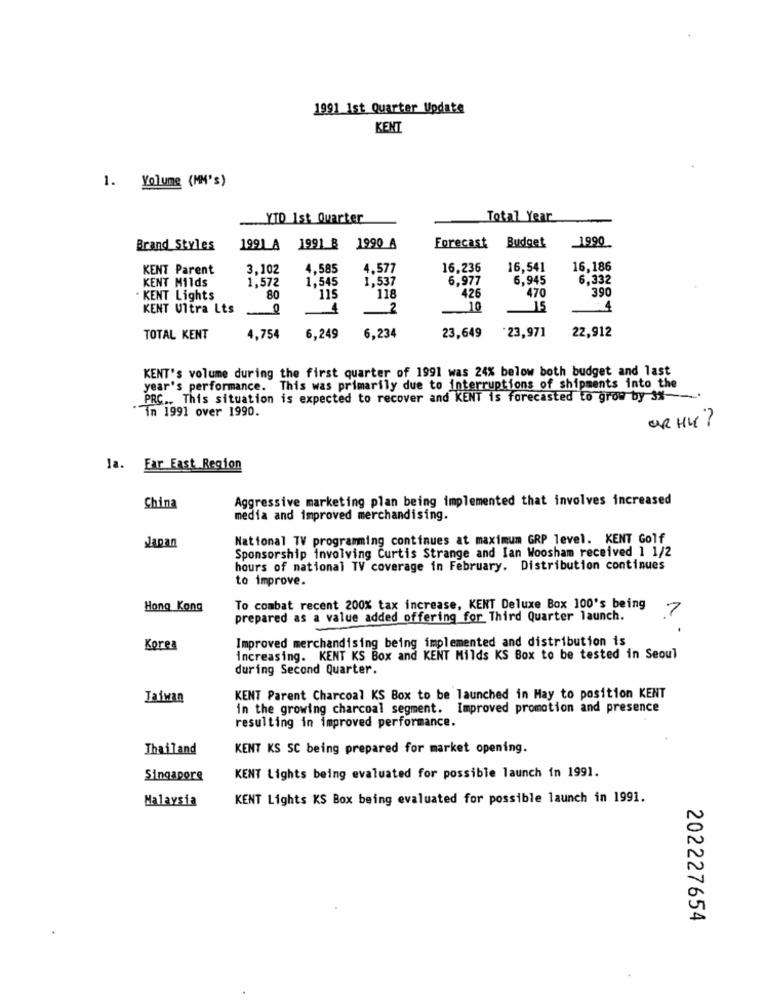
1991 1st Quarter Update
KENT
1. Volume (MM's)
YID 1st Quarter
Total Year
1990
Brand Styles
1991 A 1991 B 1990 A
Forecast
Budget
KENT Parent
3,102
4,585
4.577
16,236
16,541
16.186
KENT Milds
1,572
1,545
1,537
6,977
6,945
6,332
118
426
390
. KENT Lights
80
'115
470
KENT Ultra Lts
2
10
15
6.234
*23,97]
TOTAL KENT
4,754
6,249
23,649
22,912
KENT's volume during the first quarter of 1991 was 24% below both budget and last
year's performance. This was primarily due to interruptions of shipments into the
PRC .. This situation is expected to recover and KENT is forecasted to grow by 3%-
in 1991 over 1990.
OR HY?
la. Far East Region
Aggressive marketing plan being implemented that involves increased
China
media and improved merchandising.
National TV programming continues at maximum GRP level. KENT Golf
Japan
Sponsorship involving Curtis Strange and Ian Woosham received 1 1/2
hours of national TV coverage in February. Distribution continues
to improve.
Hong Kong
To combat recent 200% tax increase, KENT Deluxe Box 100's being
prepared as a value added offering for Third Quarter launch.
7
Improved merchandising being implemented and distribution is
Korea
increasing. KENT KS Box and KENT Milds KS Box to be tested in Seoul
during Second Quarter.
Taiwan
KENT Parent Charcoal KS Box to be launched in May to position KENT
in the growing charcoal segment. Improved promotion and presence
resulting in improved performance.
Thailand
KENT KS SC being prepared for market opening.
Singapore
KENT Lights being evaluated for possible launch in 1991.
Malaysia
KENT Lights KS Box being evaluated for possible launch in 1991.
202227654